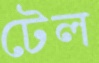
টেল